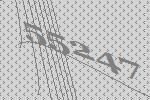
55247